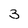
Character: 3